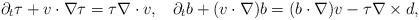
LaTeX: \begin{align*}\partial_t\tau + v\cdot\nabla\tau =\tau \nabla\cdot v,\;\;\;\partial_t b + (v\cdot\nabla) b =(b\cdot\nabla)v - \tau\nabla\times d,\end{align*}